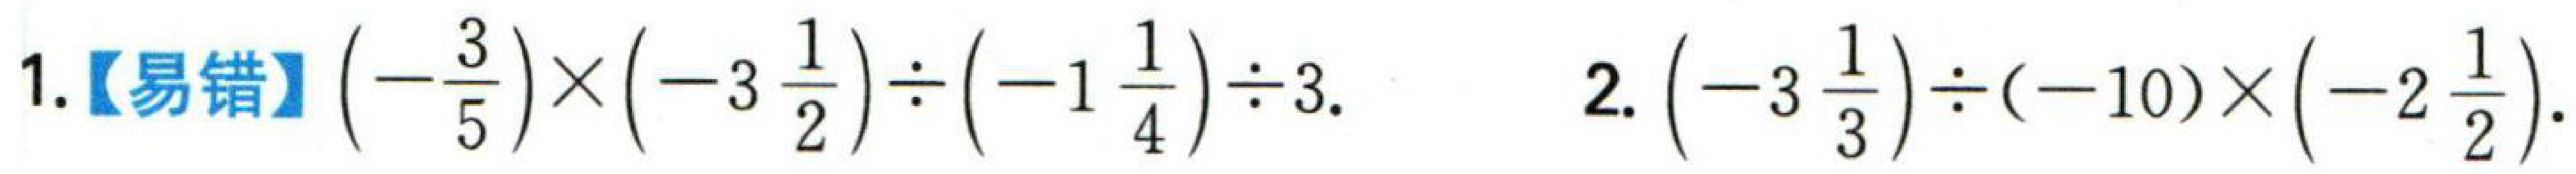
1.【易错】\(\left(-\dfrac{3}{5}\right)\times\left(-3\dfrac{1}{2}\right)\div\left(-1\dfrac{1}{4}\right)\div3\).  2.\(\left(-3\dfrac{1}{3}\right)\div(-10)\times\left(-2\dfrac{1}{2}\right)\).